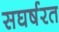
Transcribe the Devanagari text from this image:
सघर्षरत